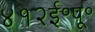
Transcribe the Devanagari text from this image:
४१२ई॰पू॰